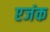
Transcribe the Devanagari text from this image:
एजंक